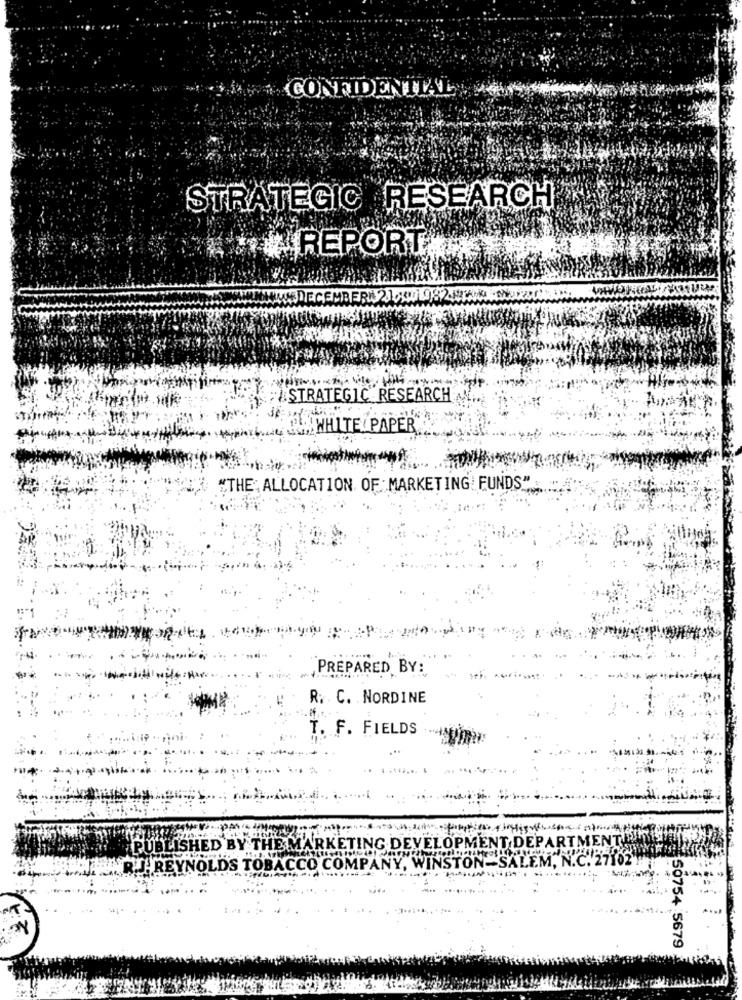
CONFIDENTIAL
STRATEGIC RESEARCH
#REPORT
;USTRATEGIC RESEARCH
S. WHITE PAPER
"THE' ALLOCATION OF MARKETING! FUNDS"
,PREPARED BY:
R. C. NORDINE
.f.
T. F. FIELDS
IENTISI
PUBLISHED BY THE MARKETING DEVELOPMENT DEPAR
R.J.REYNOLDS TOBACCO COMPANY, WINSTON-SALEM, N.C. 27
50754 5679